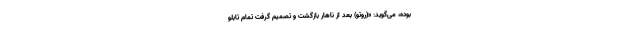
بوده، می‌گوید: «(روتو) بعد از ناهار بازگشت و تصمیم گرفت تمام تابلو